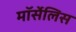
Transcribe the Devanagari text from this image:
मॉर्सेलिस